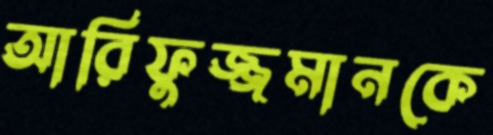
আরিফুজ্জমানকে